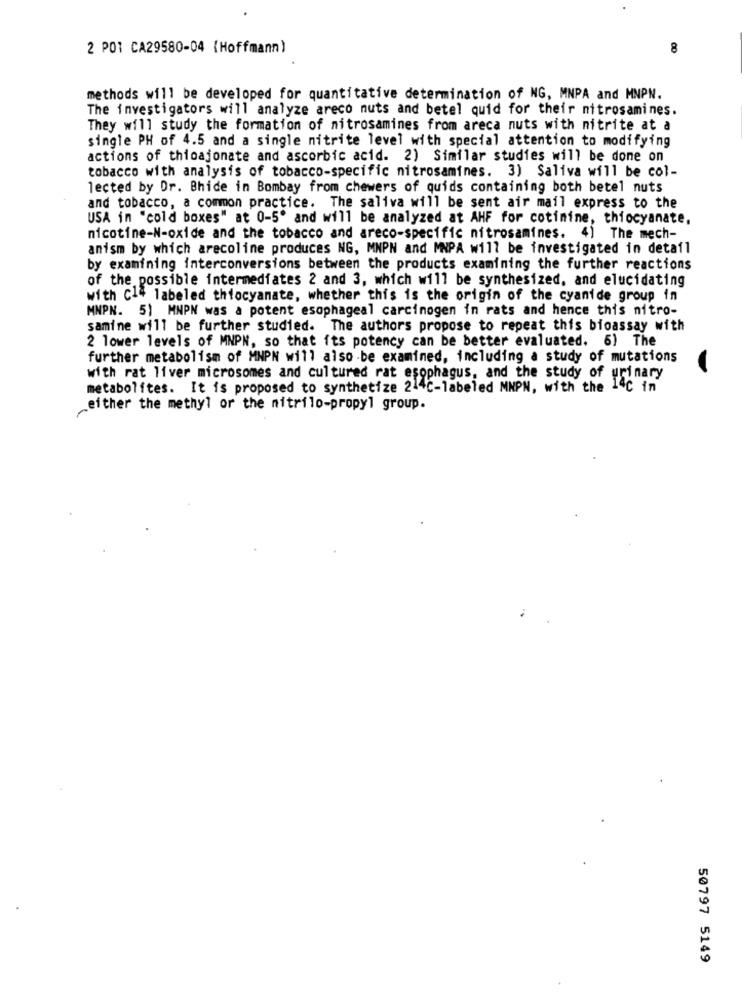
2 POI CA29580-04 (Hoffmann)
8
methods will be developed for quantitative determination of NG, MNPA and MNPN.
The investigators will analyze areco nuts and betel quid for their nitrosamines.
They will study the formation of nitrosamines from areca nuts with nitrite at a
single PH of 4.5 and a single nitrite level with special attention to modifying
actions of thicajonate and ascorbic acid. 2) Similar studies will be done on
tobacco with analysis of tobacco-specific nitrosamines. 3) Saliva will be col-
lected by Dr. Bhide in Bombay from chewers of quids containing both betel nuts
and tobacco, a common practice. The saliva will be sent air mail express to the
USA in "cold boxes" at 0-5º and will be analyzed at AHF for cotimine, thiocyanate,
nicotine-N-oxide and the tobacco and areco-specific nitrosamines. 4) The mech-
anism by which arecoline produces NG, MNPN and MNPA will be investigated in detail
by examining interconversions between the products examining the further reactions
of the possible intermediates 2 and 3, which will be synthesized, and elucidating
with Cl4 labeled thiocyanate, whether this is the origin of the cyanide group in
MNPN. 5) MNPN was a potent esophageal carcinogen in rats and hence this nitro-
samine will be further studied. The authors propose to repeat this bioassay with
2 lower levels of MNPN, so that its potency can be better evaluated. 6) The
further metabolism of MNPN will also be examined, including a study of mutations
with rat liver microsomes and cultured rat esophagus, and the study of urinary
metabolites. It is proposed to synthetize 214℃-labeled MMPN, with the 14℃ in
either the methyl or the nitrilo-propyl group.
50797 5149